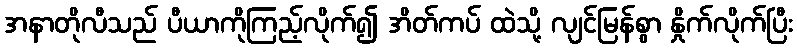
အနာတိုလီသည် ပီယာကိုကြည့်လိုက်၍ အိတ်ကပ် ထဲသို့ လျင်မြန်စွာ နှိုက်လိုက်ပြီး